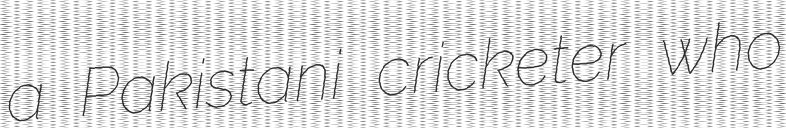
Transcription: a Pakistani cricketer who